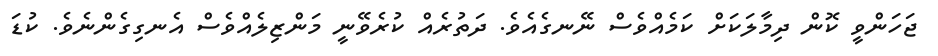
ޖަހަންވީ ކޮން ދިމާލަކަށް ކަމެއްވެސް ނޭނގެއެވެ. ދަތުރެއް ކުރެވޭނީ މަންޒިލެއްވެސް އެނގިގެންނެވެ. ކުޑަ